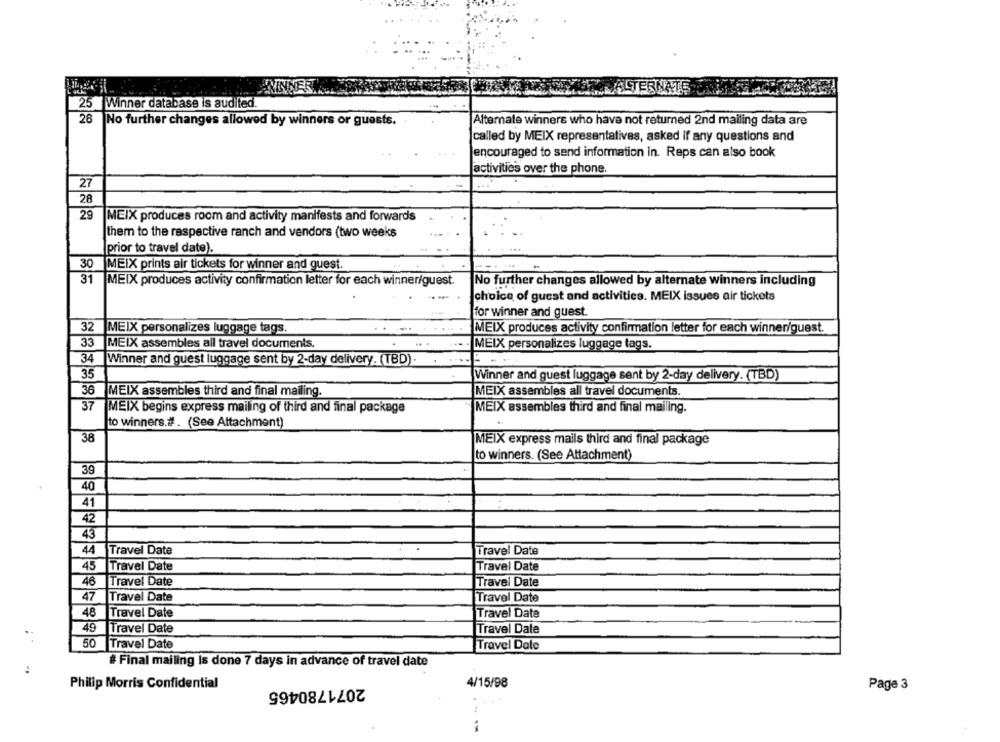
ALTERNATE
25 Winner database is audited.
26
No further changes allowed by winners or guests.
Alternate winners who have not returned 2nd mailing data are
called by MEIX representatives, asked If any questions and
encouraged to send information in. Reps can also book
activities over the phone.
27
28
29
MEIX produces room and activity manifests and forwards
them to the respective ranch and vendors (two weeks
prior to travel date).
30
MEIX prints air tickets for winner and guest.
31
MEIX produces activity confirmation letter for each winner/guest.
No further changes allowed by alternate winners including
choice of guest and activities. MEIX issues air tickets
for winner and guest.
32 MEIX personalizes luggage tags.
MEIX produces activity confirmation letter for each winner/guest.
33
MEIX assembles all travel documents.
MEIX personalizes luggage tags.
34
Winner and guest luggage sent by 2-day delivery. (TBD).
35
Winner and guest luggage sent by 2-day delivery. (TBD)
36 MEIX assembles third and final mailing.
MEIX assembles all travel documents.
37
"MEIX assembles third and final mailing.
MEIX begins express mailing of third and final package
to winners.# . (See Attachment)
38
MEIX express mails third and final package
to winners. (See Attachment)
39
40
41
42
43
44
Travel Date
Travel Date
45
Travel Date
Travel Date
46
Travel Date
Travel Date
47
Travel Date
Travel Date
48
Travel Date
Travel Date
49
Travel Date
Travel Date
50
Travel Date
Travel Dale
# Final mailing is done 7 days in advance of travel date
Philip Morris Confidential
2071780465
4/15/98
Page 3